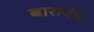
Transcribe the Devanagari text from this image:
बारापंथ